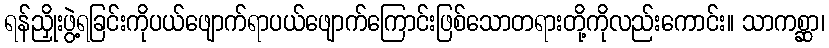
ရန်ညှိုးဖွဲ့ရခြင်းကိုပယ်ဖျောက်ရာပယ်ဖျောက်ကြောင်းဖြစ်သောတရားတို့ကိုလည်းကောင်း။ သာကစ္ဆာ၊